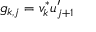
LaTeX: g _ { k , j } = v _ { k } ^ { * } u _ { j + 1 } ^ { \prime }